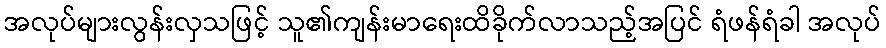
အလုပ်များလွန်းလှသဖြင့် သူ၏ကျန်းမာရေးထိခိုက်လာသည့်အပြင် ရံဖန်ရံခါ အလုပ်